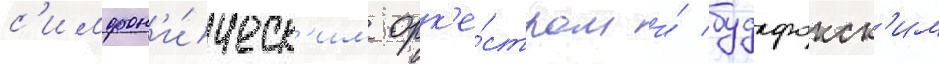
с'имфон'и́ческ'им орк'е́стром и́ будафокск'им